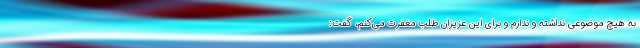
به هیچ موضوعی نداشته و ندارم و برای این عزیزان طلب مغفرت می‌کنم، گفت: